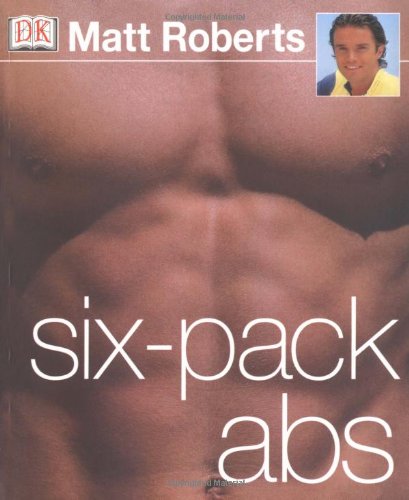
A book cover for Six-Pack Abs; DK Publishing; Health, Fitness & Dieting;